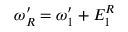
\omega _ { R } ^ { \prime } = \omega _ { 1 } ^ { \prime } + E _ { 1 } ^ { R }